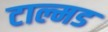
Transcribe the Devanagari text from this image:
टाल्मड